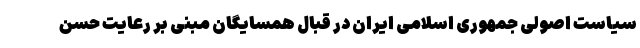
سیاست اصولی جمهوری اسلامی ایران در قبال همسایگان مبنی بر رعایت حسن